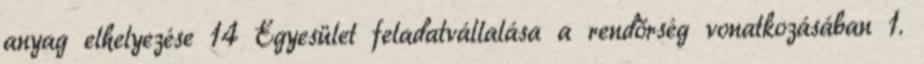
anyag elhelyezése 14 Egyesület feladatvállalása a rendőrség vonatkozásában 1.